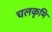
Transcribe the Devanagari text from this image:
चलकृमि